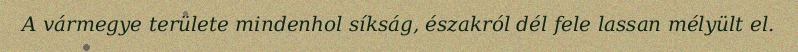
A vármegye területe mindenhol síkság, északról dél fele lassan mélyült el.